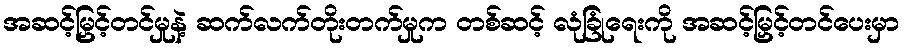
အဆင့်မြှင့်တင်မှုနဲ့ ဆက်လက်တိုးတက်မှုက တစ်ဆင့် လုံခြုံရေးကို အဆင့်မြှင့်တင်ပေးမှာ